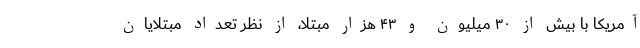
آمریکا با بیش از ۳۰ میلیون و ۴۳ هزار مبتلا، از نظر تعداد مبتلایان